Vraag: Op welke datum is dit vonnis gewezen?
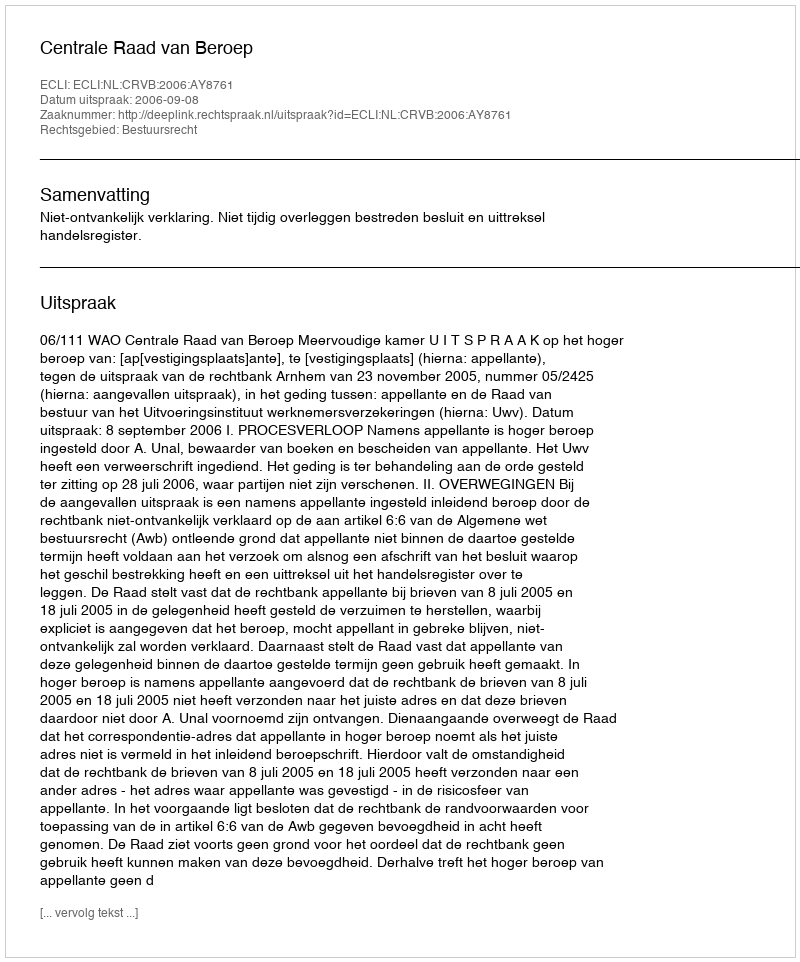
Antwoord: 2006-09-08